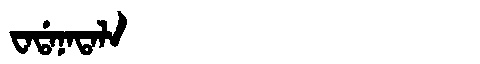
Manchu: ᠸᠠᡩᠠᠨᠠᡨᠠᠯᠠ
Romanization: WADANATALA